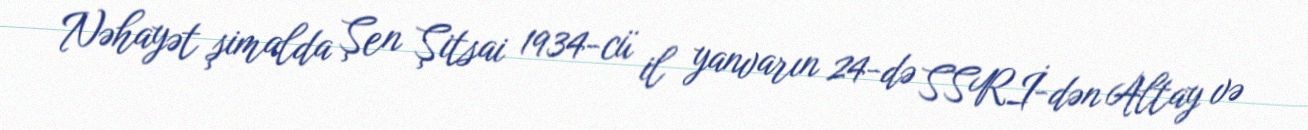
Nəhayət şimalda Şen Şitsai 1934-cü il yanvarın 24-də SSRİ-dən Altay və